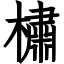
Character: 橚